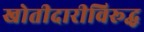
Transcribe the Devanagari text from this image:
खोतीदारीविरूद्ध